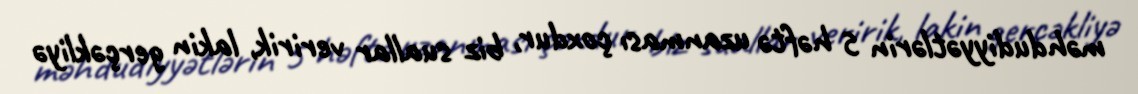
məhdudiyyətlərin 5 həftə uzanması çoxdur, biz suallar veririk, lakin gerçəkliyə